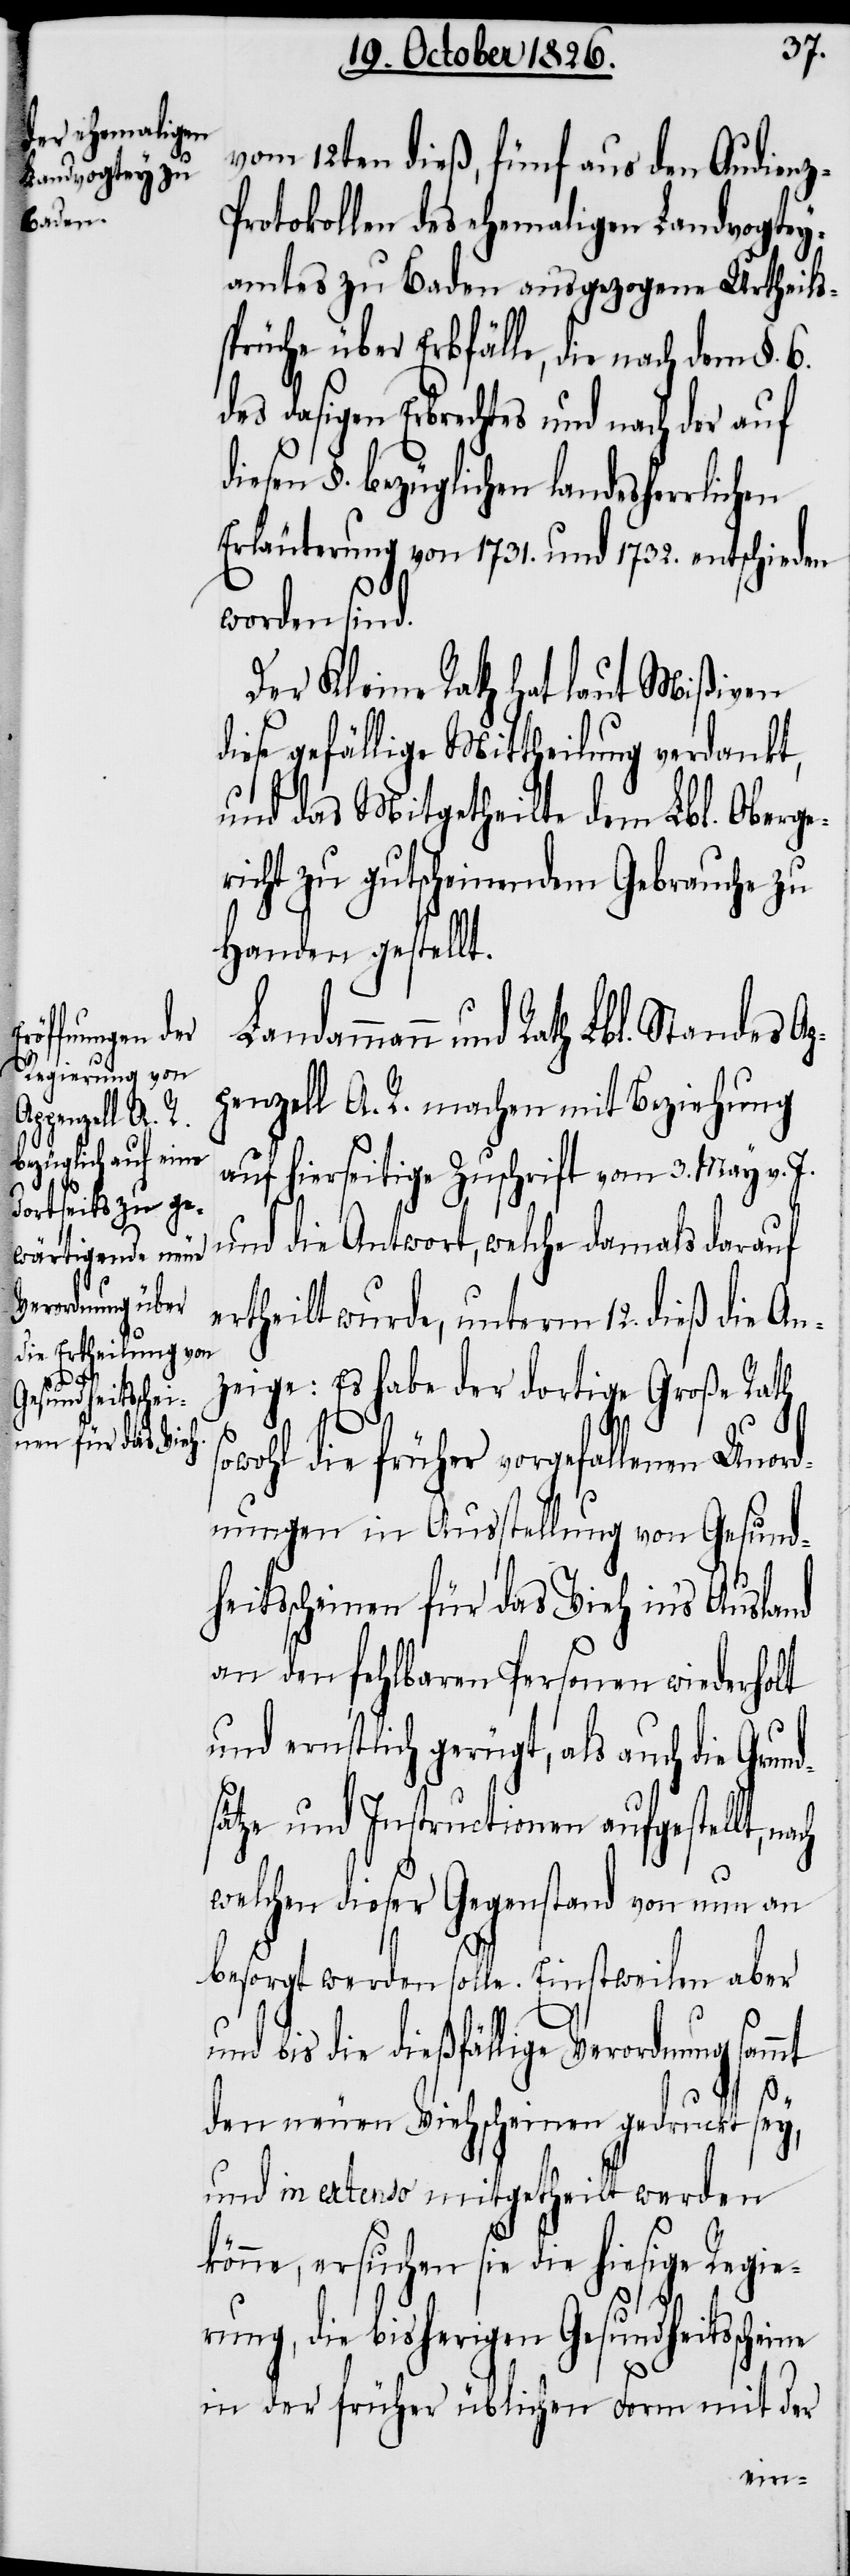
v. J.
vom 12ten dieß, fünf aus den Audien¬
rotokollen des ehemaligen Landvogtey¬
amtes zu Baden ausgezogene Urtheils¬
sprüche über Erbfälle, die nach dem §.
des dasigen Erbrechtes und nach der auf
diesen §. bezüglichen landesherrlichen
Erläuterung von 1731. und 1732. entschieden
worden sind.
Der Kleine Rath hat laut Mißiven
die gefällige Mittheilung verdankt,
und das Mitgetheilte dem Lbl. Oberge¬
richt zu gutscheinendem Gebrauche zu
Handen gestellt.
dammann und Rath Lbl. Standes Ap¬
penzell A. R. machen mit Beziehung
uf hierseitige Zuschrift vom 3. May
und die Antwort, welche damals darauf
ertheilt wurde, unterm 12. dieß die An¬
z-P¬
zeige: Es habe der dortige Große Rath
s¬
owohl die früher vorgefallenen Unord¬
nungen in Ausstellung von Gesund¬
heitsscheinen für das Vieh in’s Ausland
an den fehlbaren Personen wiederholt
und ernstlich gerügt, als auch die Grun¬
sätze und Instructionen aufgestellt,
welchen dieser Gegenstand von nun an
besorgt werden solle. Einstweilen aber
die dießfällige Verordnung
d¬
den neuen Viehscheinen gedruckt sey,
und in extenso mitgetheilt werden
könne, ersuchen sie die hiesige Regie¬
rung, die bisherigen Gesundheitssch¬
in der früher üblichen Form mit der
eine